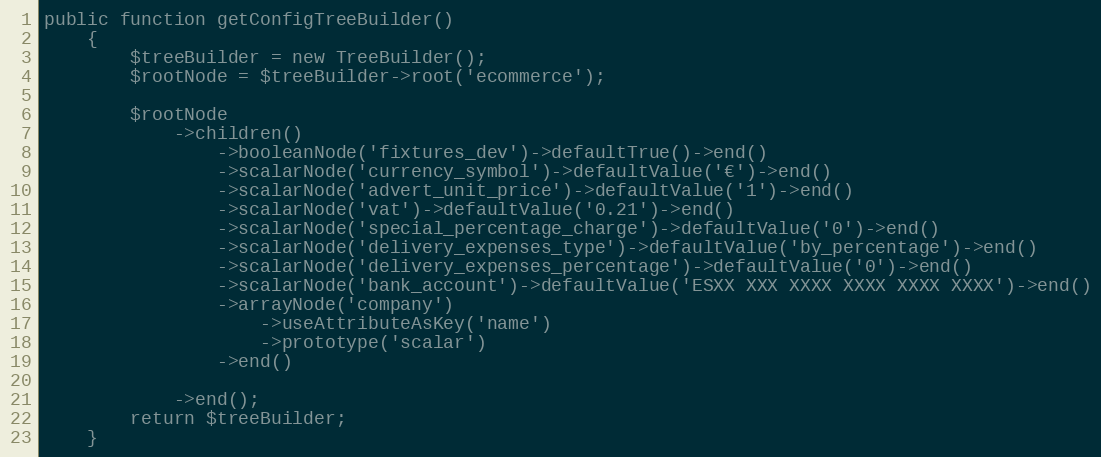
Language: PHP
public function getConfigTreeBuilder()
    {
        $treeBuilder = new TreeBuilder();
        $rootNode = $treeBuilder->root('ecommerce');

        $rootNode
            ->children()
                ->booleanNode('fixtures_dev')->defaultTrue()->end()
                ->scalarNode('currency_symbol')->defaultValue('€')->end()
                ->scalarNode('advert_unit_price')->defaultValue('1')->end()
                ->scalarNode('vat')->defaultValue('0.21')->end()
                ->scalarNode('special_percentage_charge')->defaultValue('0')->end()
                ->scalarNode('delivery_expenses_type')->defaultValue('by_percentage')->end()
                ->scalarNode('delivery_expenses_percentage')->defaultValue('0')->end()
                ->scalarNode('bank_account')->defaultValue('ESXX XXX XXXX XXXX XXXX XXXX')->end()
                ->arrayNode('company')
                    ->useAttributeAsKey('name')
                    ->prototype('scalar')
                ->end()

            ->end();
        return $treeBuilder;
    }